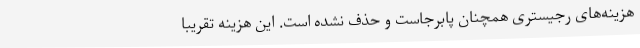
هزینه‌های رجیستری همچنان پابرجاست و حذف نشده است. این هزینه تقریباً